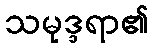
သမုဒ္ဒရာ၏